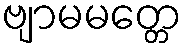
ဗျာမမတ္တေ